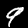
Label: 9